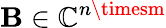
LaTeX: \mathbf{B}\in\mathbb{{C}}^{n\timesm}